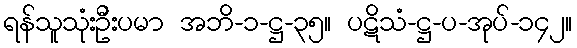
ရန်သူသုံးဦးပမာ အဘိ-၁-ဋ္ဌ-၃၅။ ပဋိသံ-ဋ္ဌ-ပ-အုပ်-၁၄၂။